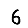
Digit: 6